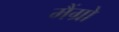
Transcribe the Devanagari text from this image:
मैंग्रो